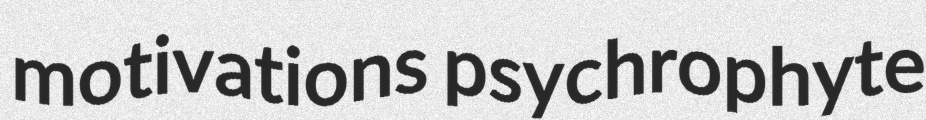
motivations psychrophyte